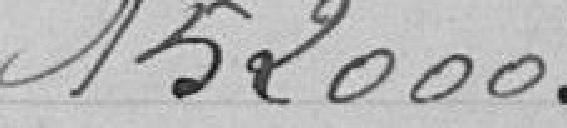
152.000